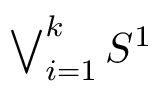
\textstyle \bigvee _ { i = 1 } ^ { k } S ^ { 1 }